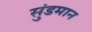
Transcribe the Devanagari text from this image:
सुंडमान